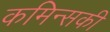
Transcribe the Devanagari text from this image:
कमिन्सकी